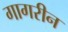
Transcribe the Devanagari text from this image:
गागरीन